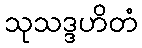
သုသဒ္ဒဟိတံ